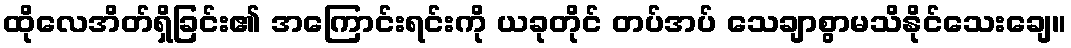
ထိုလေအိတ်ရှိခြင်း၏ အကြောင်းရင်းကို ယခုတိုင် တပ်အပ် သေချာစွာမသိနိုင်သေးချေ။